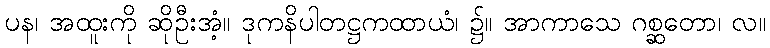
ပန၊ အထူးကို ဆိုဦးအံ့။ ဒုကနိပါတဋ္ဌကထာယံ၊ ၌။ အာကာသေ ဂစ္ဆတော၊ လ။